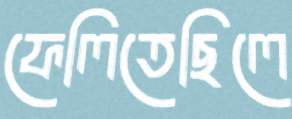
ফেলিতেছিলে